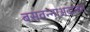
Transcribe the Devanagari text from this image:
बसवन्नाअदालत